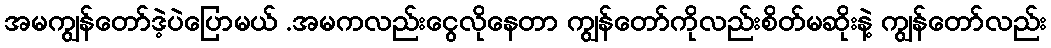
အမကျွန်တော်ဒဲ့ပဲပြောမယ် .အမကလည်းငွေလိုနေတာ ကျွန်တော်ကိုလည်းစိတ်မဆိုးနဲ့ ကျွန်တော်လည်း